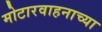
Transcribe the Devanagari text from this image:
मोटारवाहनाच्या